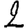
Digit: 2